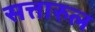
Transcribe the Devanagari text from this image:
सत्तारुल